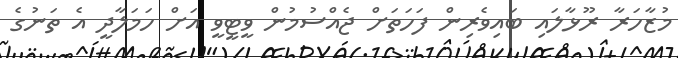
މުޒާހަރާ ރޫޅާލައި ބައިވެރިން ފަހަތަށް ޖެއްސުމުން ވީޓީވީ އަށް ހަމަލާދީ އެ ތަނުގެ